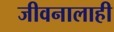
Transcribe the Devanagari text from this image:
जीवनालाही